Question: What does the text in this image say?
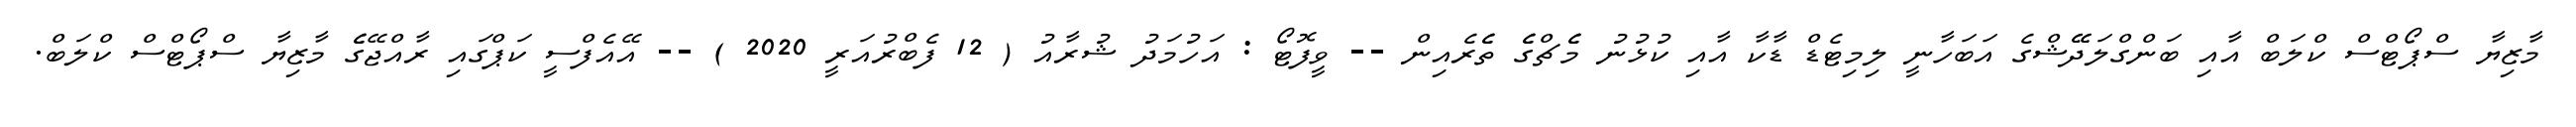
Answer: މާޒިޔާ ސްޕޯޓްސް ކްލަބް އާއި ބަންގްލަދޭޭޝްގެ އަބަހާނީ ލިމިޓެޑް ޑާކާ އާއި ކުޅުނު މެެޗްގެެ ތެެރެއިން -- ވީފޮޓޯ : އަހުމަދު ޝުރާއު ( 12 ފެބްރުއަރީ 2020 ) -- އޭއެފްސީ ކަޕްގައި ރާއްޖޭގެެ މާޒިޔާ ސްޕޯޓްސް ކްލަބް.